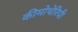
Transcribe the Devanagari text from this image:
कीमोथेरिपी